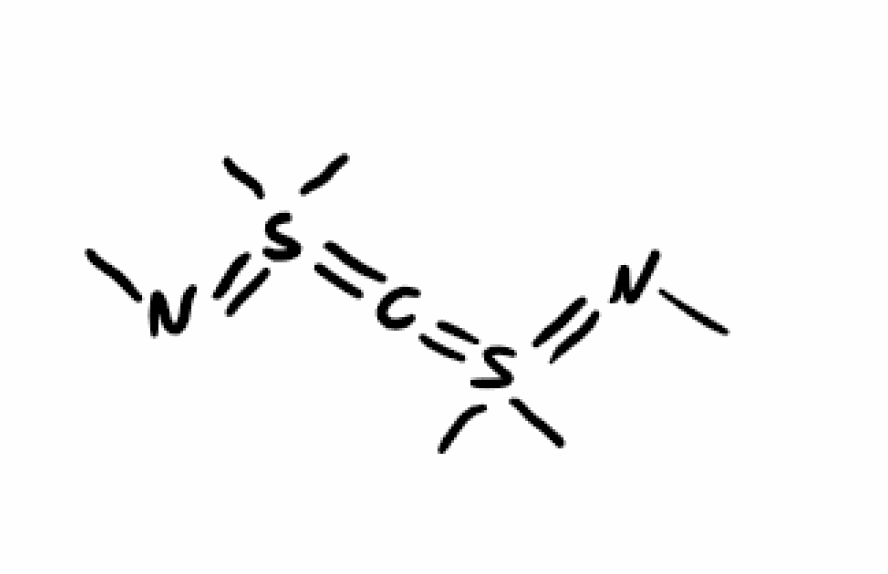
Simplified molecular-input line-entry system (SMILES) notation of the given molecule:
CN=S(=C=S(=NC)(C)C)(C)C